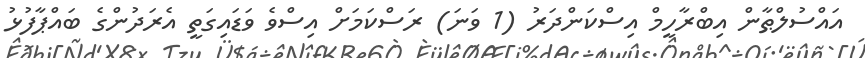
އައްސުލްޠާން އިބްރާހީމް އިސްކަންދަރު (1 ވަނަ) ރަސްކަމަށް އިސްވެ ވަޑައިގަތީ އެރަދުންގެ ބައްޕާފުޅު